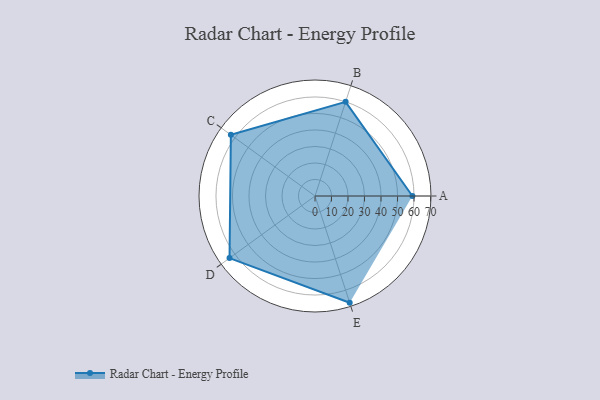
{"axis": {"x": "Skill", "y": "Score"}, "legend": ["Profile"], "data": [{"x": "A", "y": 59.0, "type": "Profile"}, {"x": "B", "y": 60.0, "type": "Profile"}, {"x": "C", "y": 63.0, "type": "Profile"}, {"x": "D", "y": 64.0, "type": "Profile"}, {"x": "E", "y": 68.0, "type": "Profile"}]}